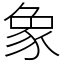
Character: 象